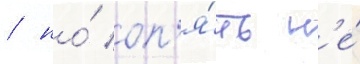
/ но́ оп'я́ть н'е́